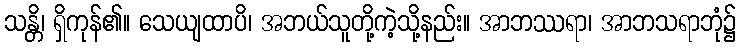
သန္တိ၊ ရှိကုန်၏။ သေယျထာပိ၊ အဘယ်သူတို့ကဲ့သို့နည်း။ အာဘဿရာ၊ အာဘသရာဘုံ၌